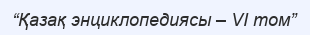
“Қазақ энциклопедиясы – VI том”